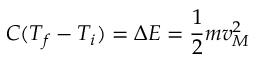
C ( T _ { f } - T _ { i } ) = \Delta E = \frac 1 2 m v _ { M } ^ { 2 }